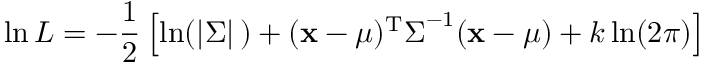
\ln L = - { \frac { 1 } { 2 } } \left[ \ln ( | { \boldsymbol { \Sigma } } | \, ) + ( \mathbf { x } - { \boldsymbol { \mu } } ) ^ { \mathrm { { T } } } { \boldsymbol { \Sigma } } ^ { - 1 } ( \mathbf { x } - { \boldsymbol { \mu } } ) + k \ln ( 2 \pi ) \right]